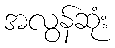
အလွန်ဆုံး